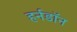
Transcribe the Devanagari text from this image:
हर्नडॉन